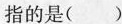
指的是( )